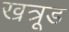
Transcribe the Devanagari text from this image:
खत्रूड